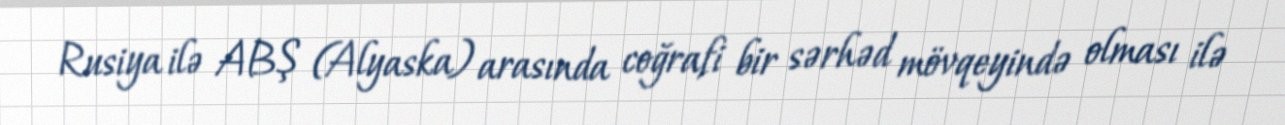
Rusiya ilə ABŞ (Alyaska) arasında coğrafi bir sərhəd mövqeyində olması ilə